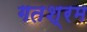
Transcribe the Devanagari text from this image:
गतश्रम